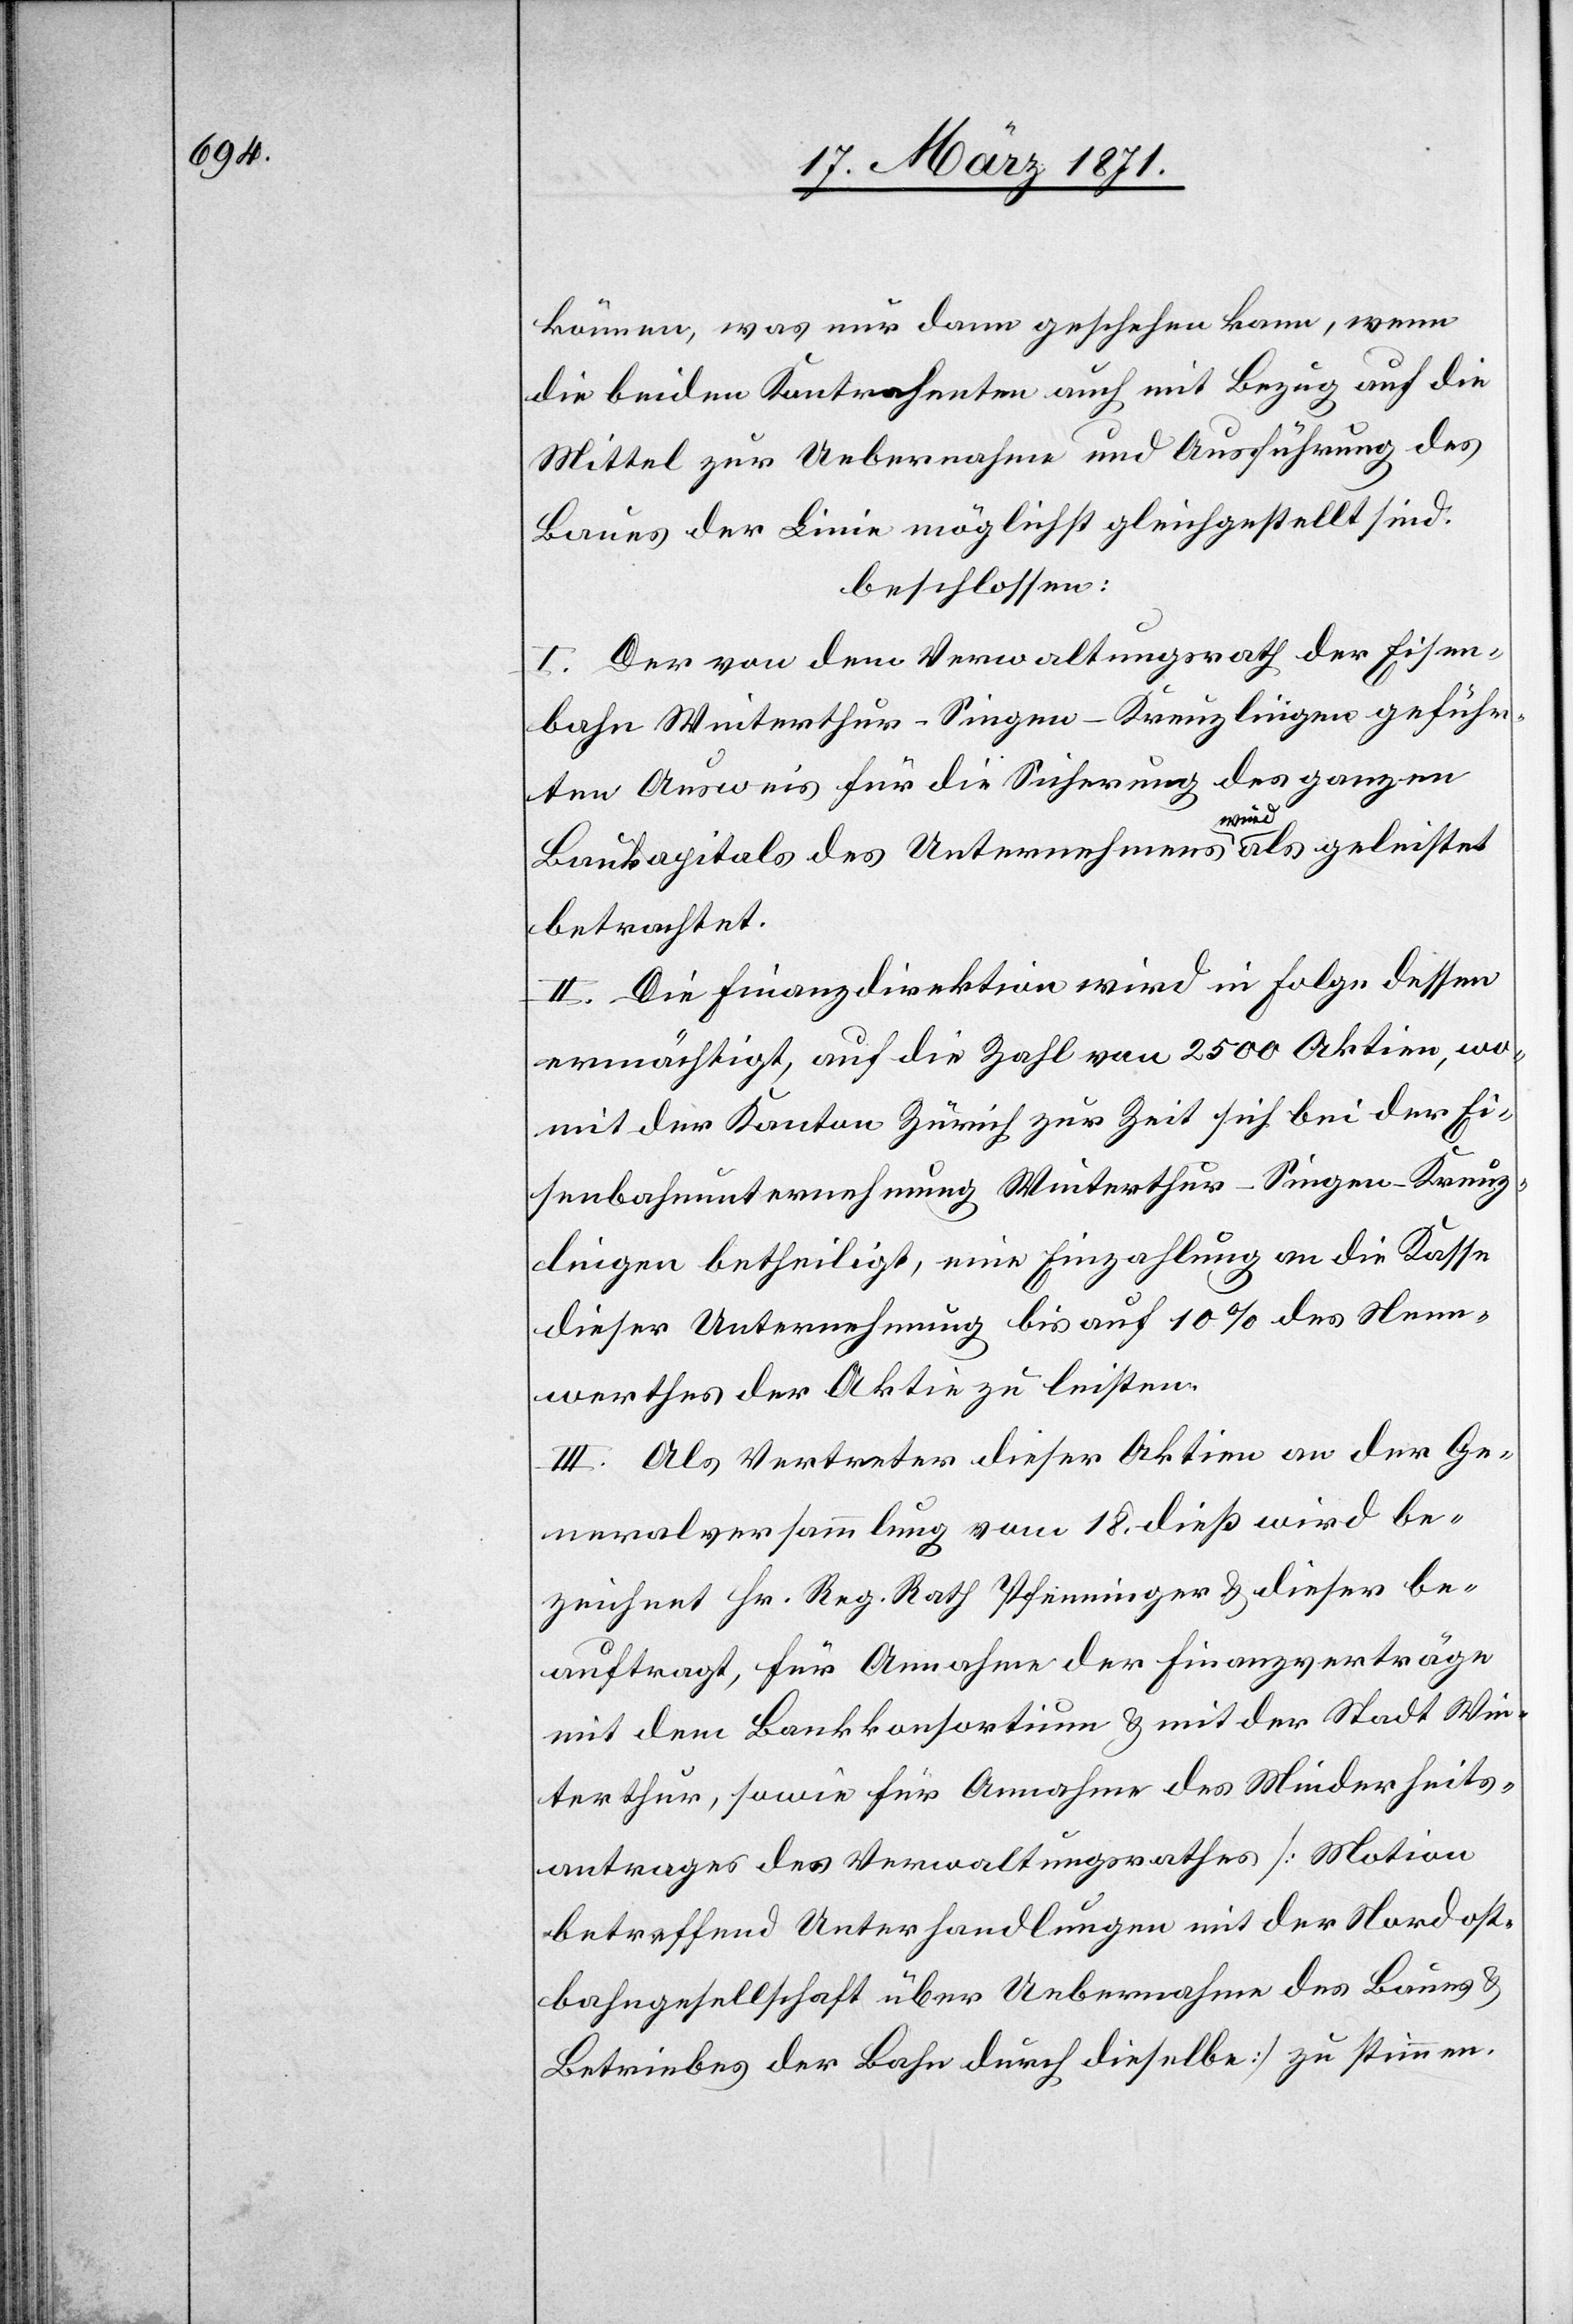
können, was nur dann geschehen kann, wenn
die beiden Kontrahenten auch mit Bezug auf die
Mittel zur Uebernahme und Ausführung des
Baues der Linie möglichst gleichgestellt sind.
beschlossen:
I. Der von dem Verwaltungsrath der Eisen¬
bahn Winterthur–Singen–Kreuzlingen geführten
Ausweis für die Sicherung des ganzen
Baukapitals des Unternehmens wird als geleistet
betrachtet.
II. Die Finanzdirektion wird in Folge dessen
ermächtigt, auf die Zahl von 2500 Aktien, wo¬
mit der Kanton Zürich zur Zeit sich bei der Ei¬
senbahnunternehmung Winterthur–Singen–Kreuz¬
lingen betheiligt, eine Einzahlung an die Kasse
dieser Unternehmung bis auf 10% des Nenn¬
werthes der Aktie zu leisten.
III. Als Vertreter dieser Aktien an der Ge¬
neralversammlung vom 18. dieß wird be¬
zeichnet Hr. Reg. Rath Pfenninger u. dieser be¬
auftragt, für Annahme der Finanzverträge
mit dem Bankkonsortium u. mit der Stadt Win¬
terthur, sowie für Annahme des Minderheits¬
antrages des Verwaltungsrathes [Motion
betreffend Unterhandlungen mit der Nordost¬
bahngesellschaft über Uebernahme des Baues u.
Betriebes der Bahn durch dieselbe] zu stimmen.